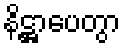
နိဋ္ဌာပေတွာ